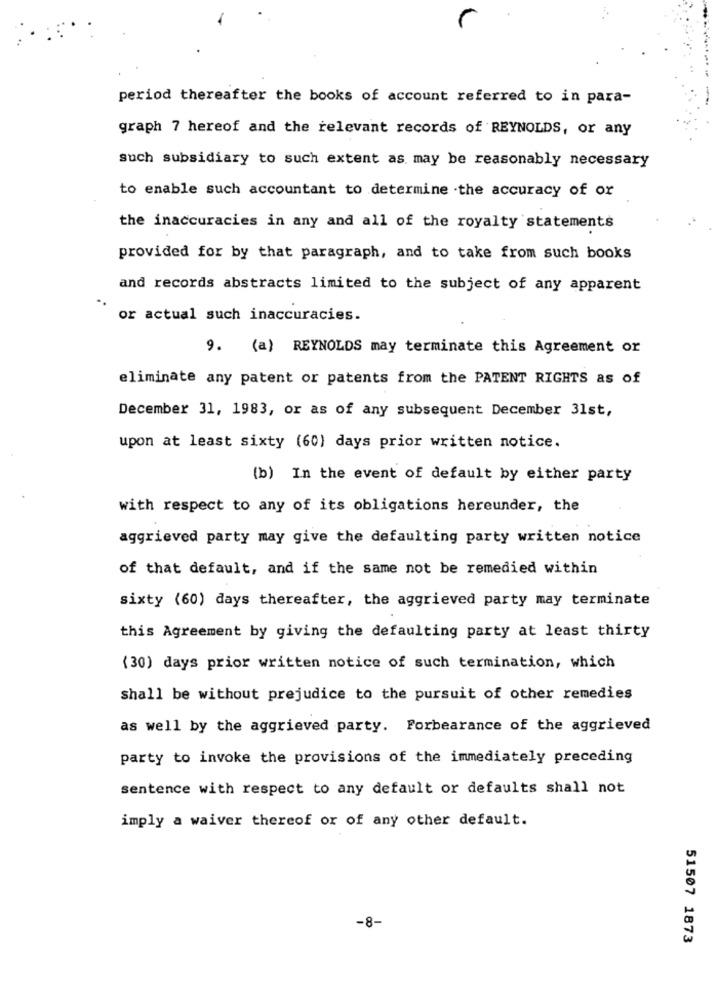
period thereafter the books of account referred to in para-
graph 7 hereof and the relevant records of REYNOLDS, or any
such subsidiary to such extent as may be reasonably necessary
to enable such accountant to determine the accuracy of or
the inaccuracies in any and all of the royalty statements
provided for by that paragraph, and to take from such books
and records abstracts limited to the subject of any apparent
or actual such inaccuracies.
9. (a) REYNOLDS may terminate this Agreement or
eliminate any patent or patents from the PATENT RIGHTS as of
December 31, 1983, or as of any subsequent December 31st,
upon at least sixty (60) days prior written notice.
(b) In the event of default by either party
with respect to any of its obligations hereunder, the
aggrieved party may give the defaulting party written notice
of that default, and if the same not be remedied within
sixty (60) days thereafter, the aggrieved party may terminate
this Agreement by giving the defaulting party at least thirty
(30) days prior written notice of such termination, which
shall be without prejudice to the pursuit of other remedies
as well by the aggrieved party. Forbearance of the aggrieved
party to invoke the provisions of the immediately preceding
sentence with respect to any default or defaults shall not
imply a waiver thereof or of any other default.
-8-
51507 1873